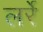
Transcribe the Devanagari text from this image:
लर्रे